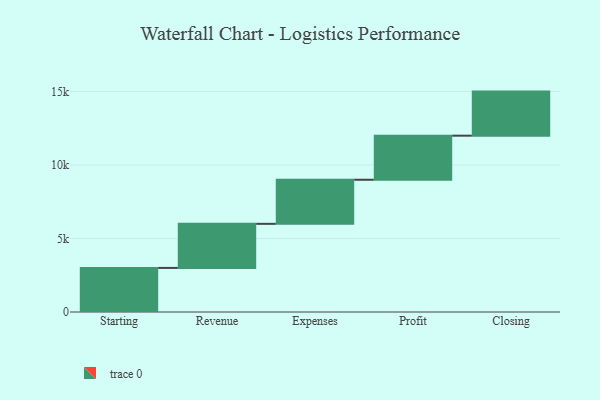
{"axis": {"x": "Step", "y": "Value"}, "legend": [""], "data": [{"x": "Starting", "y": 3000, "type": ""}, {"x": "Revenue", "y": 3000, "type": ""}, {"x": "Expenses", "y": 3000, "type": ""}, {"x": "Profit", "y": 3000, "type": ""}, {"x": "Closing", "y": 3000, "type": ""}]}